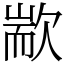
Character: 歂